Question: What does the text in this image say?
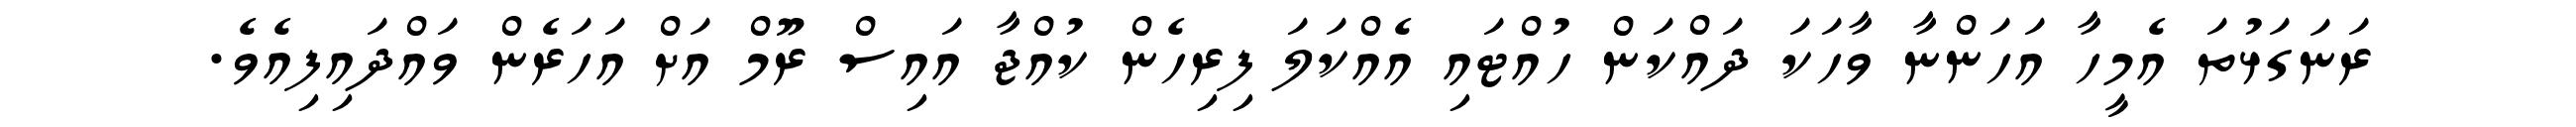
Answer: ރަނަގަޅުތަ އެމީހާ އަހަންނާ ވާހަކަ ދައްކަން ހުއްޓައި އެއްކަލަ ފިރިހެން ކުއްޖާ އައިސް ރޫމް އަށް އަހަރެން ވައްދައިފިއެވެ.